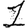
Digit: 1